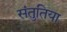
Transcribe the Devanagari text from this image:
संतुतिया